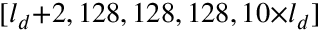
[ l _ { d } \small { + } 2 , 1 2 8 , 1 2 8 , 1 2 8 , 1 0 \small { \times } l _ { d } ]